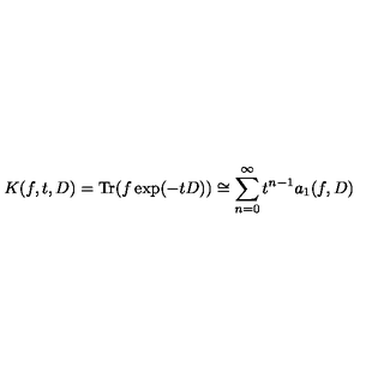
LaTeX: K ( f , t , D ) = \mathrm { T r } ( f \exp ( - t D ) ) \cong \sum _ { n = 0 } ^ { \infty } t ^ { n - 1 } a _ { 1 } ( f , D )